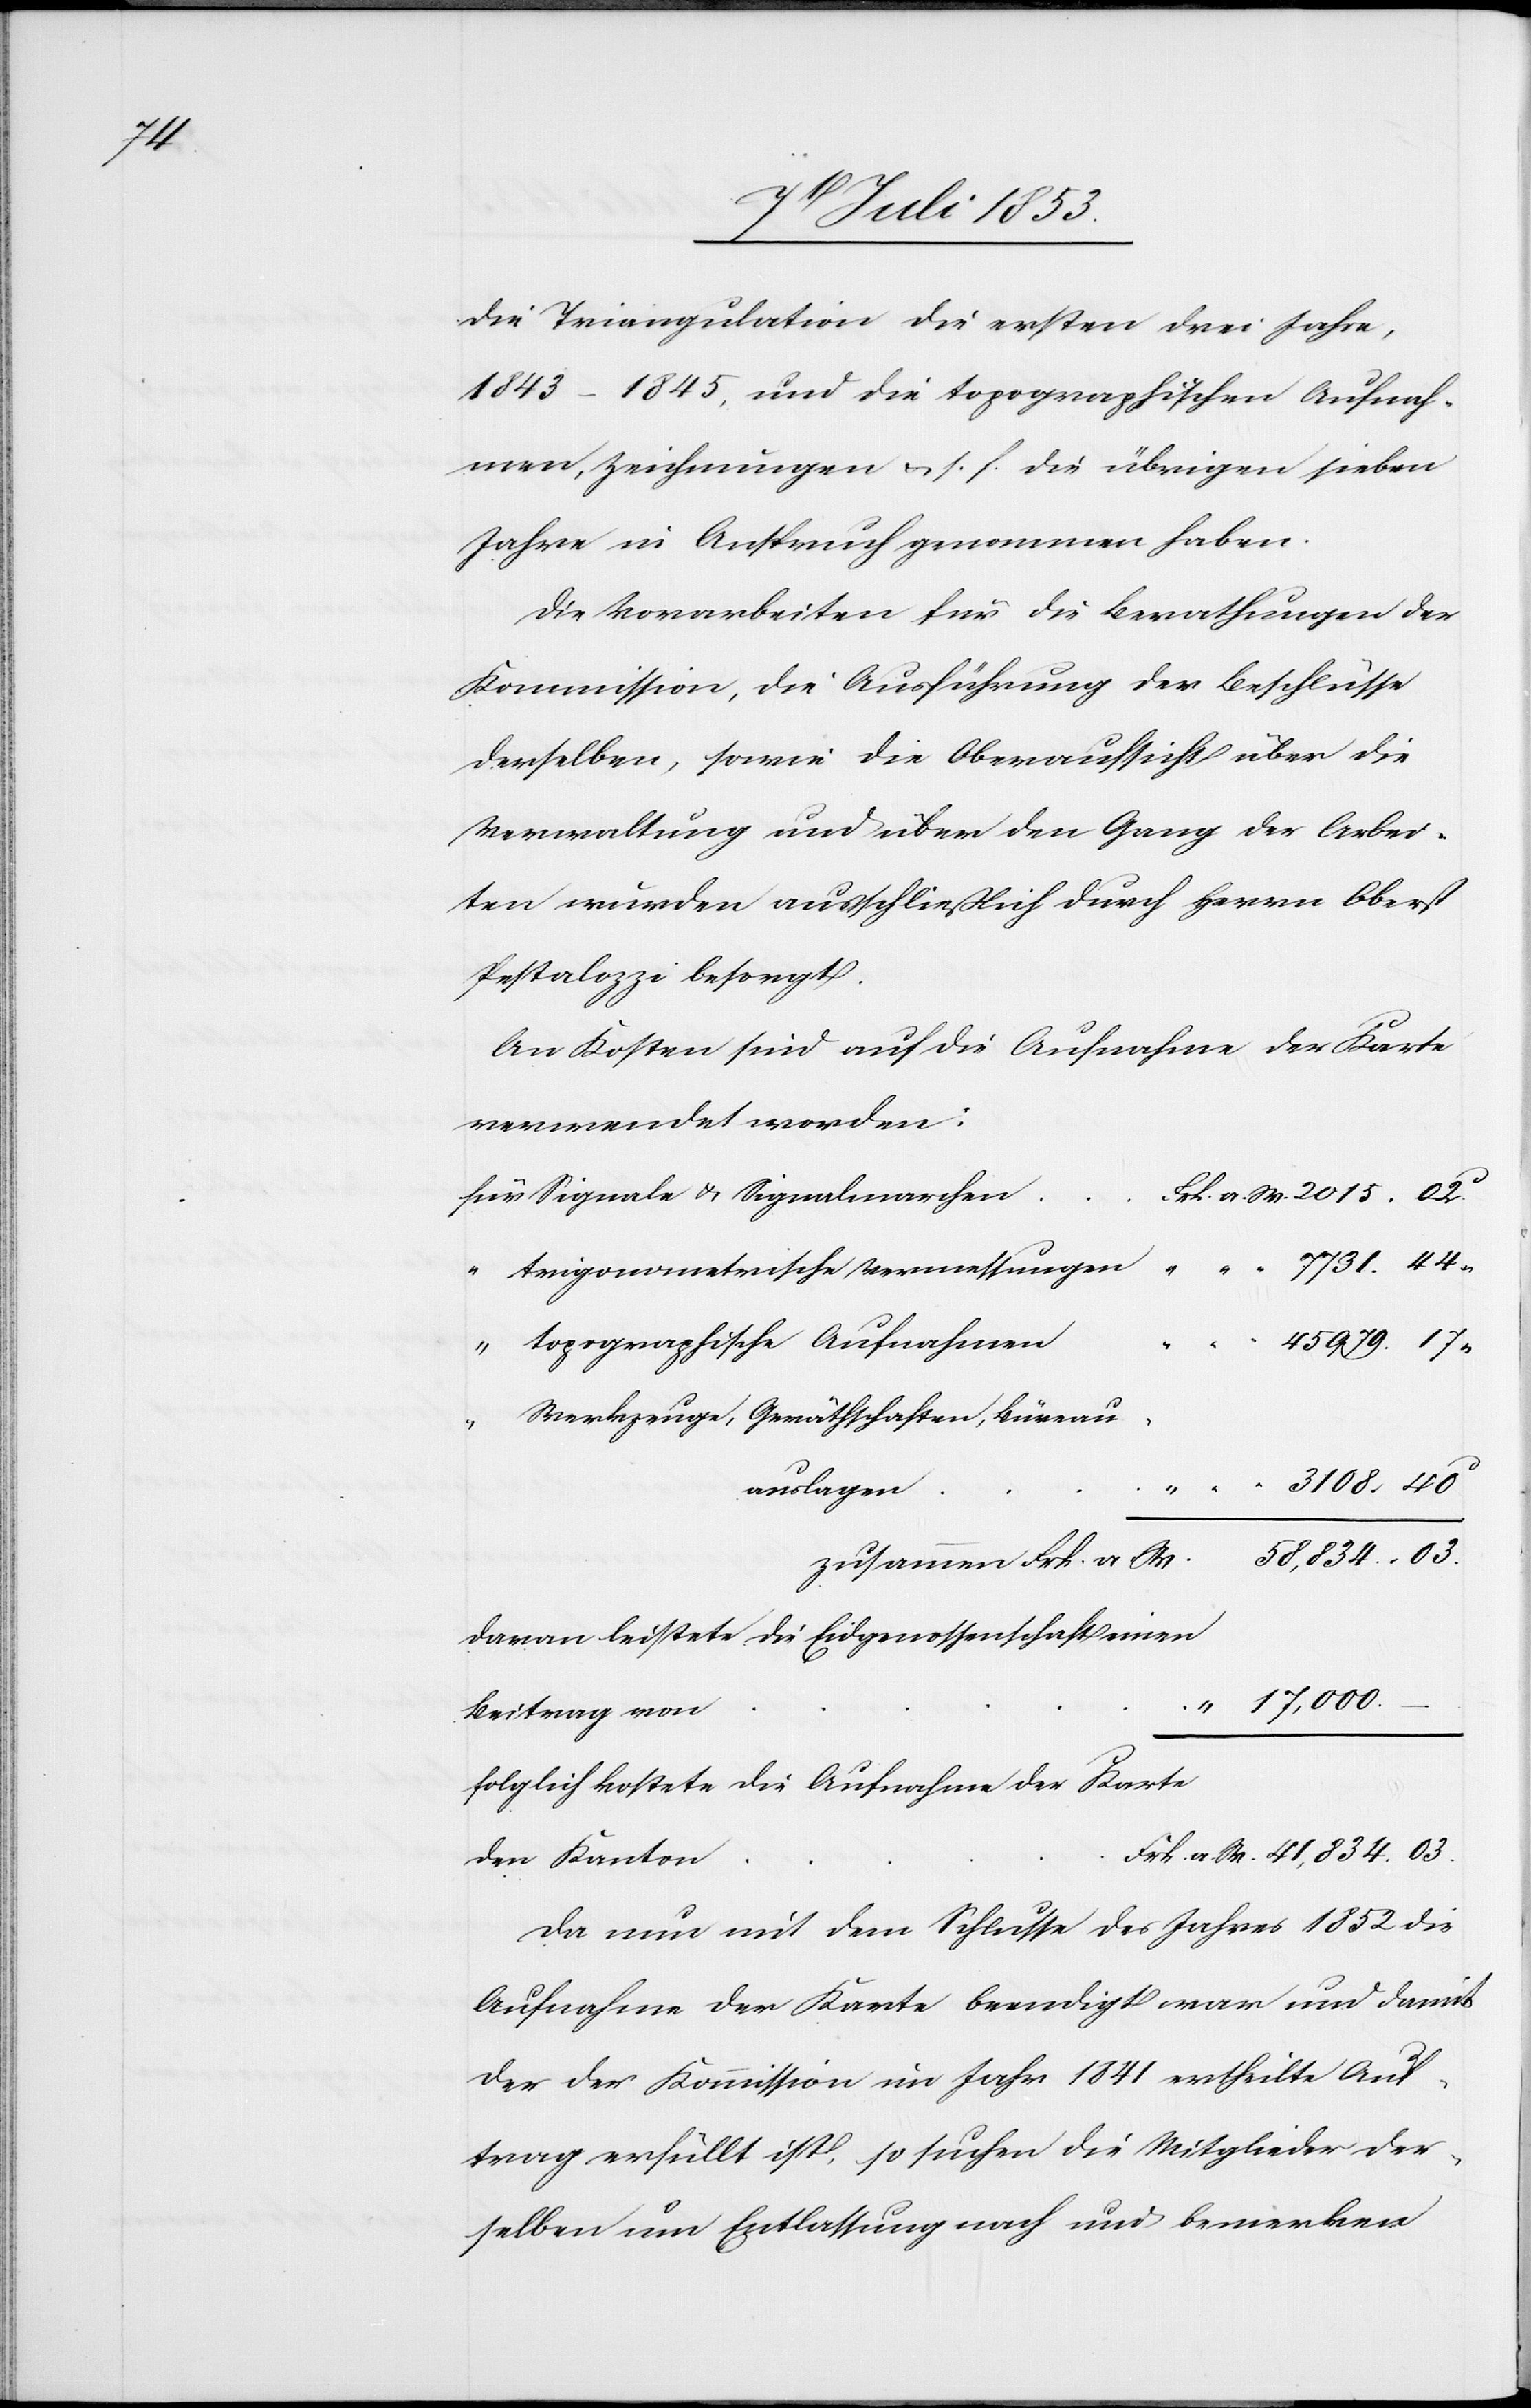
44“

die Triangulation die ersten drei Jahre,
1843–1845 und die topographischen Aufnah¬
men, Zeichnungen u. s. f. die übrigen sieben
Jahre in Anspruch genommen haben.
Die Vorarbeiten für die Berathungen der
Kommission, die Ausführung der Beschlüsse
derselben, sowie die Oberaufsicht über die
Verwaltung und über den Gang der Arbei¬
ten wurden ausschließlich durch Herrn Oberst
Pestalozzi besorgt.
An Kosten sind auf die Aufnahme der Karte
verwendet worden:
Für Signale u. Signalmarche¬
rk. a. W. 2015. 02c
979.
“	Werkzeuge, Geräthschaften, Büreau¬
3108. 40“
auslagen		“	“
zusammen Frk. a. W.		58 834. 03
davon leistete die Eidgenossenschaft einen
Sogleich kostete die Aufnahme der Karte
Frk. a. W. 41 834. 03
den Kanton
Da nun mit dem Schluße des Jahres 1852 die
Aufnahme der Karte beendigt war und damit
der der Kommission im Jahr 1841 ertheilte Auf¬
trag erfüllt ist, so suchen die Mitglieder der¬
selben um Entlassung nach und bewirken